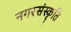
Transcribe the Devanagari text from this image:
नगरसंस्कृति